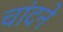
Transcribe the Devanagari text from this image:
चांदने